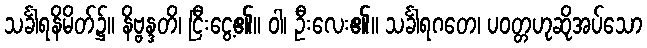
သင်္ခါရနိမိတ်၌။ နိဗ္ဗန္ဒတိ၊ ငြီးငွေ့၏။ ဝါ၊ ဦးလေး၏။ သင်္ခါရဂတေ၊ ပဝတ္တဟုဆိုအပ်သော